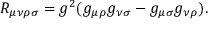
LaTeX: R _ { \mu \nu \rho \sigma } = g ^ { 2 } ( g _ { \mu \rho } g _ { \nu \sigma } - g _ { \mu \sigma } g _ { \nu \rho } ) .